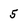
Character: 5